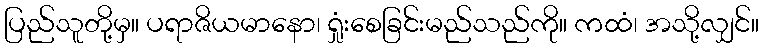
ပြည်သူတို့မှ။ ပရာဇိယမာနော၊ ရှုံးစေခြင်းမည်သည်ကို။ ကထံ၊ အသို့လျှင်။